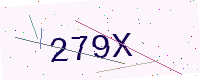
Text: 279X